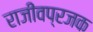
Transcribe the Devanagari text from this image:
राजीवप्रजक